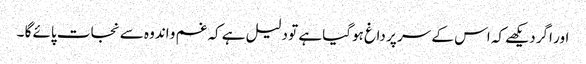
اور اگر دیکھے کہ اس کے سر پر داغ ہوگیا ہے تو دلیل ہے کہ غم و اندوہ سے نجات پائے گا ۔